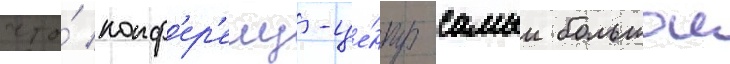
что́ конф'ер'енц-це́нтр самыи большои